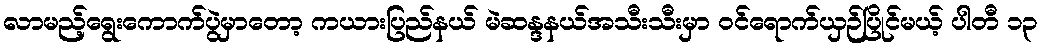
လာမည့်ရွေးကောက်ပွဲမှာတော့ ကယားပြည်နယ် မဲဆန္ဒနယ်အသီးသီးမှာ ဝင်ရောက်ယှဉ်ပြိုင်မယ့် ပါတီ ၁၃